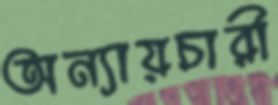
অন্যায়চারী